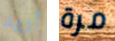
أريد مرة